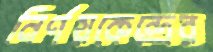
নির্ণয়কেন্দ্রের